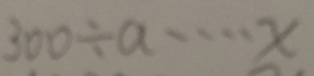
3 0 0 \div a \cdots x